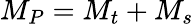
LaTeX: M_{P}=M_{t}+M_{s}